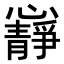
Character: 𭟝